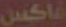
فاكس